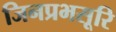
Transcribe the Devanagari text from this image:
जिनप्रभसूरि